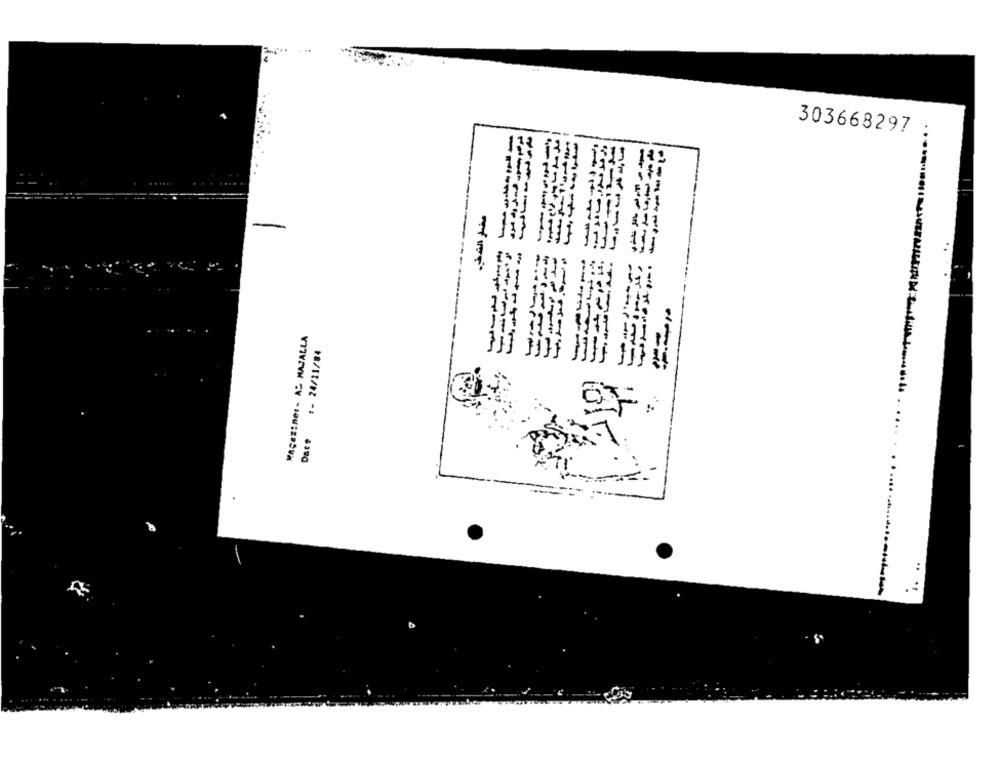
303668297
صفرا بدا علب رقبة
مضار التدفي.
------
وأرد فوبيا البركه فلما
MASEZIneI- AS MAJALLA
#- 24/11/84
===
--------
Dats
.....
..